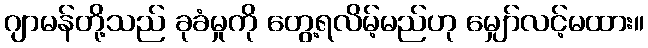
ဂျာမန်တို့သည် ခုခံမှုကို တွေ့ရလိမ့်မည်ဟု မျှော်လင့်မထား။